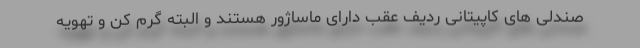
صندلی های کاپیتانی ردیف عقب دارای ماساژور هستند و البته گرم کن و تهویه